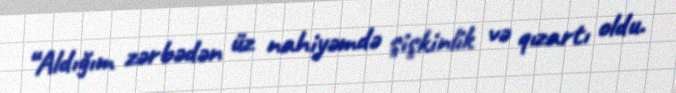
“Aldığım zərbədən üz nahiyəmdə şişkinlik və qızartı oldu.